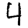
Digit: 4